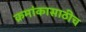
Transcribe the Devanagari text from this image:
क्रमांकासाठीच